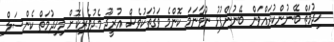
ޚިދުމަތް ބޭނުންކުރައްވަން ބޭނުންފުޅު ނުވާނަމަ ކޮންމެ ވަގުތަކުވެސް އުރީދޫ މެދުވެރިކޮށް މިޚިދުމަތް ކެންސަލް